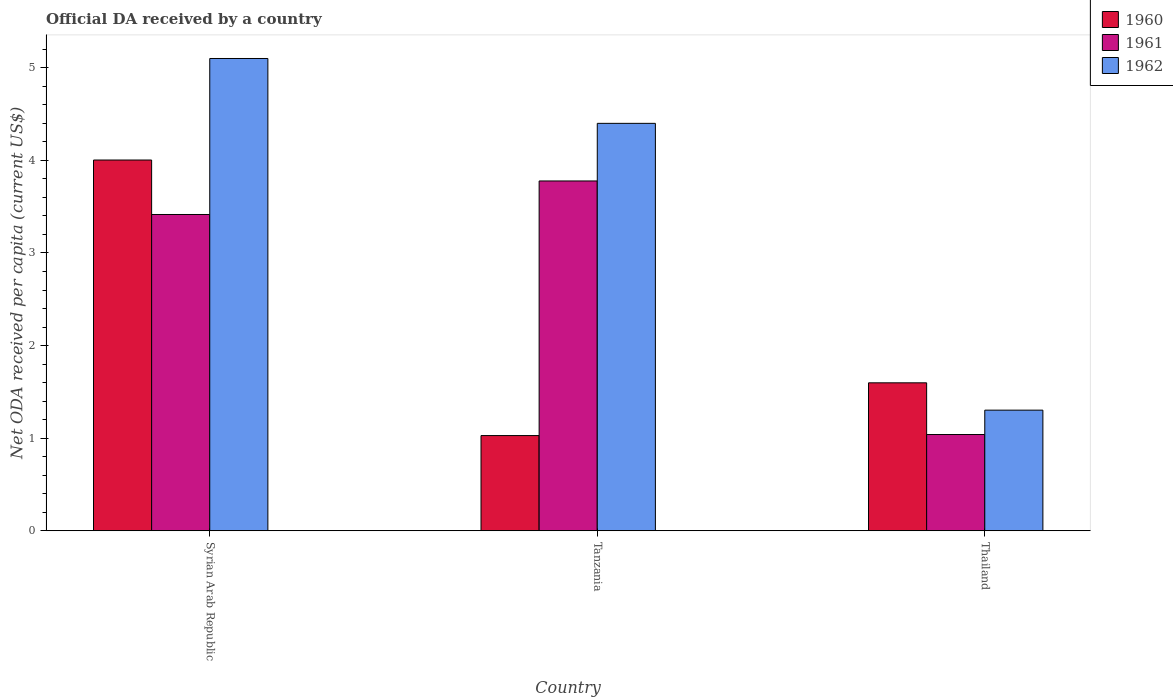
| Country | 1960 | 1961 | 1962 |
 | --- | --- | --- | --- |
 | Syrian Arab Republic | 4 | 3.42 | 5.1 |
 | Tanzania | 1.03 | 3.78 | 4.4 |
 | Thailand | 1.6 | 1.04 | 1.3 |